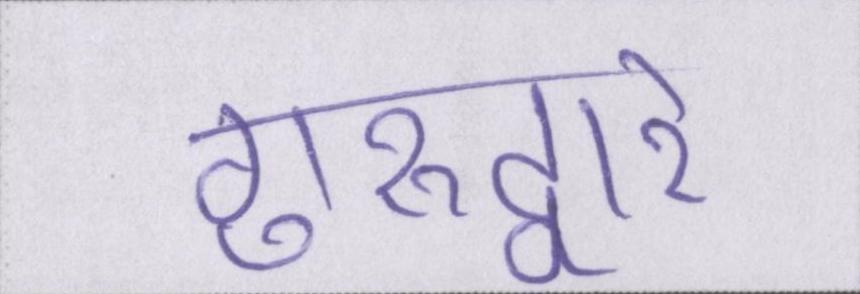
गुरूद्वारे